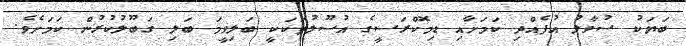
ބަޔަކު ސުވާލު އުފެއްދި ކަމަށާއި ޑިމޮކްރަސީގެ އުސޫލުތަކަކީ ބަލިވީމަ ބަލި ގަބޫލުކުރުން ކަމަށެވެ.